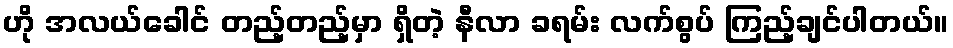
ဟို အလယ်ခေါင် တည့်တည့်မှာ ရှိတဲ့ နီလာ ခရမ်း လက်စွပ် ကြည့်ချင်ပါတယ်။